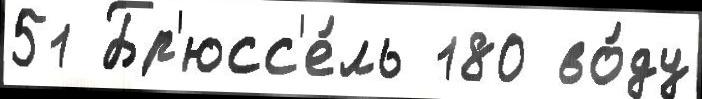
51 Бр'юсс'е́ль 180 во́ду